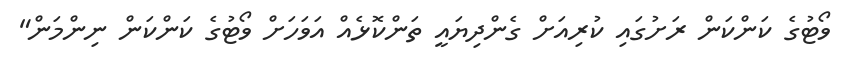
ވޯޓުގެ ކަންކަން ރަށުގައި ކުރިއަށް ގެންދިޔައީ ތަންކޮޅެއް އަވަހަށް ވޯޓުގެ ކަންކަން ނިންމަން"